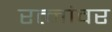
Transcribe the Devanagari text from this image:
रत्‍नांवर